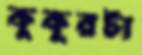
কুকুরটা